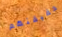
حقيقتهم